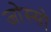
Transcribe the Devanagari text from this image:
जोस्सो